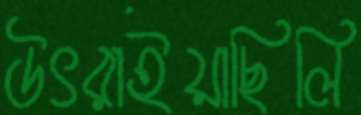
উৎরাইয়াছিলি